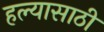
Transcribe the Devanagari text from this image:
हल्यासाठी